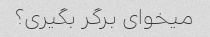
میخوای برگر بگیری؟